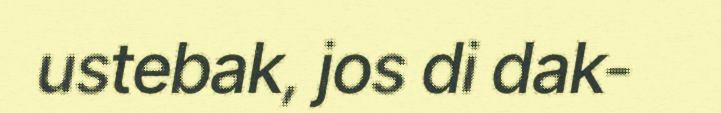
ustebak, jos di dak-